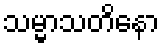
သမ္မာသတိနော